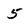
Character: 5